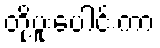
တို့ပူးပေါင်းကာ